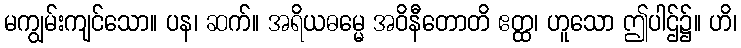
မကျွမ်းကျင်သော။ ပန၊ ဆက်။ အရိယဓမ္မေ အဝိနီတောတိ ဧတ္ထ၊ ဟူသော ဤပါဌ်၌။ ဟိ၊